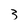
Character: 3